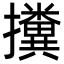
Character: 𢹔